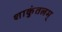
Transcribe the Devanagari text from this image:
शाकुंतलम्‌